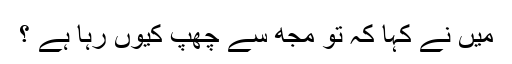
میں نے کہا کہ تو مجھ سے چھپ کیوں رہا ہے ؟